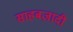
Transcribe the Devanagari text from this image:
साहबज़ादी